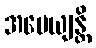
အပေယျန္တိ